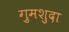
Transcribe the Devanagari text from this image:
ग़ुमशुदा